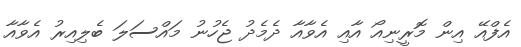
އެފްއޭ އިން މޮރީނިއޯ އާއި އެވާއާ ދެމެދު ޖެހުނު މައްސަލަ ބެލިއިރު އެވާއާ